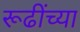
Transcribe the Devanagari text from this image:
रूढींच्या